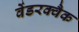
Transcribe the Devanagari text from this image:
वेंडरक्वैक